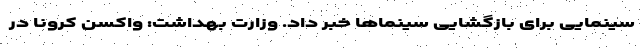
سینمایی برای بازگشایی سینماها خبر داد. وزارت بهداشت: واکسن کرونا در